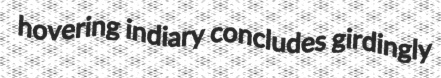
hovering indiary concludes girdingly